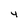
Character: 4